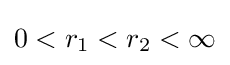
0<r_{1}<r_{2}<\infty